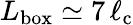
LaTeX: L_{\mathrm{box}}\simeq 7\, \ell_{\mathrm{c}}